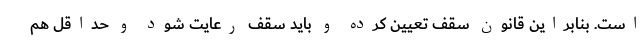
است. بنابراین قانون سقف تعیین کرده و باید سقف رعایت شود و حداقل هم